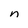
Character: n